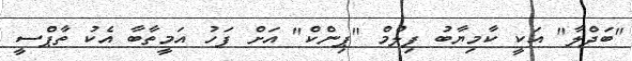
"ބަދްލާ" އަކީ ކާމިޔާބު ފިލްމް "ޕިންކް" އަށް ފަހު އަމީތާބާ އެކު ތާޕްސީ